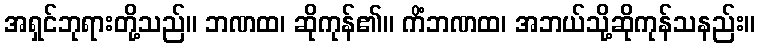
အရှင်ဘုရားတို့သည်။ ဘဏထ၊ ဆိုကုန်၏။ ကိံဘဏထ၊ အဘယ်သို့ဆိုကုန်သနည်း။